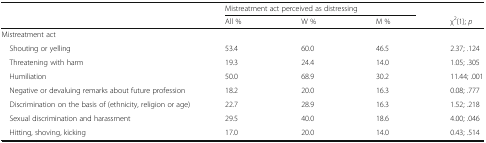
<table><thead><tr><td rowspan="2"></td><td colspan="3"><b>Mistreatment act perceived as distressing</b></td><td></td></tr><tr><td><b>All %</b></td><td><b>W %</b></td><td><b>M %</b></td><td><b>χ<sup>2</sup>(1); <i>p</i></b></td></tr></thead><tbody><tr><td colspan="5">Mistreatment act</td></tr><tr><td> Shouting or yelling</td><td>53.4</td><td>60.0</td><td>46.5</td><td>2.37; .124</td></tr><tr><td> Threatening with harm</td><td>19.3</td><td>24.4</td><td>14.0</td><td>1.05; .305</td></tr><tr><td> Humiliation</td><td>50.0</td><td>68.9</td><td>30.2</td><td>11.44; .001</td></tr><tr><td> Negative or devaluing remarks about future profession</td><td>18.2</td><td>20.0</td><td>16.3</td><td>0.08; .777</td></tr><tr><td> Discrimination on the basis of (ethnicity, religion or age)</td><td>22.7</td><td>28.9</td><td>16.3</td><td>1.52; .218</td></tr><tr><td> Sexual discrimination and harassment</td><td>29.5</td><td>40.0</td><td>18.6</td><td>4.00; .046</td></tr><tr><td> Hitting, shoving, kicking</td><td>17.0</td><td>20.0</td><td>14.0</td><td>0.43; .514</td></tr></tbody></table>